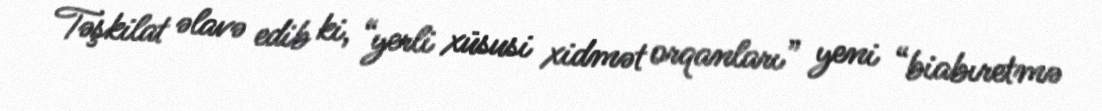
Təşkilat əlavə edib ki, “yerli xüsusi xidmət orqanları” yeni “biabıretmə